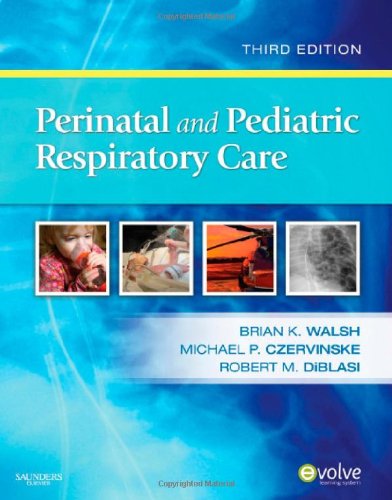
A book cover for Perinatal and Pediatric Respiratory Care, 3e; Brian K. Walsh RRT-NPS  ACCS  FAARC; Medical Books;